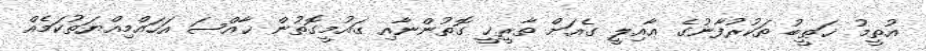
އުތީމު ޚަޠީބު ތަކުރުފާނުގެ ޢާއިލީ ގެއަށް ތާރީޚީ ގޮތުންނާއި ގައުމީގޮތުން ޚާއްޞަ އަހައްމިއްޔަތުކަމެއް